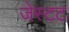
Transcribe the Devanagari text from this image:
जेस्टट